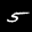
Label: 5